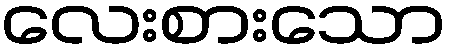
လေးစားသော